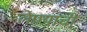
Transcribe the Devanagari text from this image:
लेण्याची